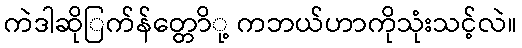
ကဲဒါဆိုြက်န်တ္တောို့ ကဘယ်ဟာကိုသုံးသင့်လဲ။